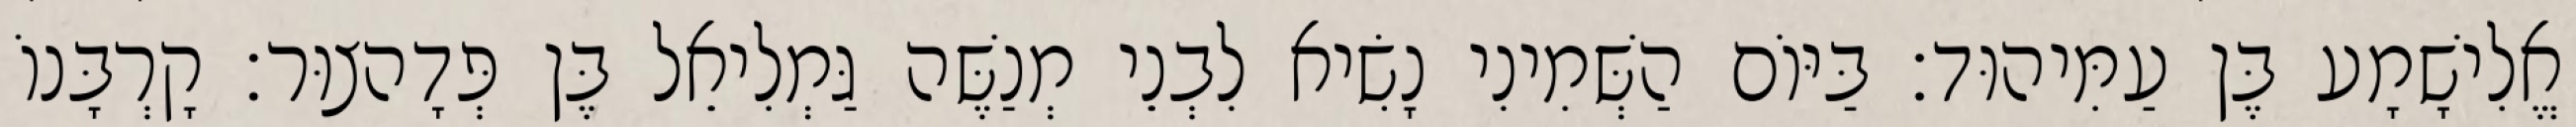
אֱלִישָׁמָע בֶּן עַמִּיהוּד׃ בַּיּוֹם הַשְּׁמִינִי נָשִׂיא לִבְנֵי מְנַשֶּׁה גַּמְלִיאֵל בֶּן פְּדָהצוּר׃ קָרְבָּנוֹ